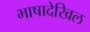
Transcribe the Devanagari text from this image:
भाषादेखिल